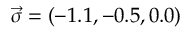
\vec { \sigma } = ( - 1 . 1 , - 0 . 5 , 0 . 0 )